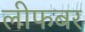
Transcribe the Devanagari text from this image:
लीफबर